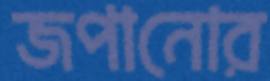
জপানোর